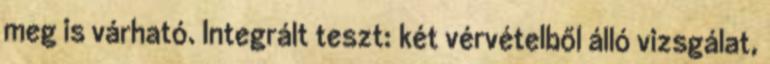
meg is várható. Integrált teszt: két vérvételből álló vizsgálat,